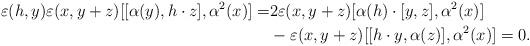
LaTeX: \begin{align*}\varepsilon(h,y)\varepsilon(x,y+z)[[\alpha(y),h\cdot z],\alpha^2(x)]=&2\varepsilon(x,y+z)[\alpha(h)\cdot [y,z],\alpha^2(x)]\\&-\varepsilon(x,y+z)[[h\cdot y,\alpha(z)],\alpha^2(x)]=0.\end{align*}